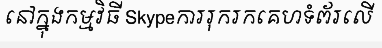
នៅក្នុងកម្មវិធី Skypeការរុករកគេហទំព័រលើ